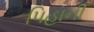
પિહાની